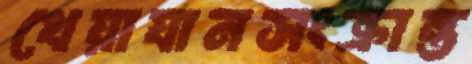
খেয়াযানসংক্রান্ত